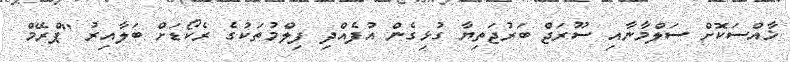
ޚާއްސަކޮށް ސަލްމާނާއި ސޫރަޖް ބަރުޖަތިޔާ ގުޅިގެން އުފެއްދި ފިލްމުތަކުގެ ރެކޯޑަށް ބަލާއިރު "ޕްރޭމް